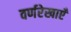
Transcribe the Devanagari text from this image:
वर्णरेखाएँ